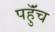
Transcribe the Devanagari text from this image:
पहुॅंच